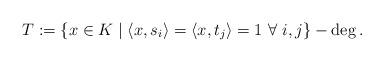
LaTeX: \begin{align*}T: = \{x \in K \mid \langle x,s_i\rangle = \langle x, t_j\rangle = 1~ \forall~ i, j \} -\deg .\end{align*}